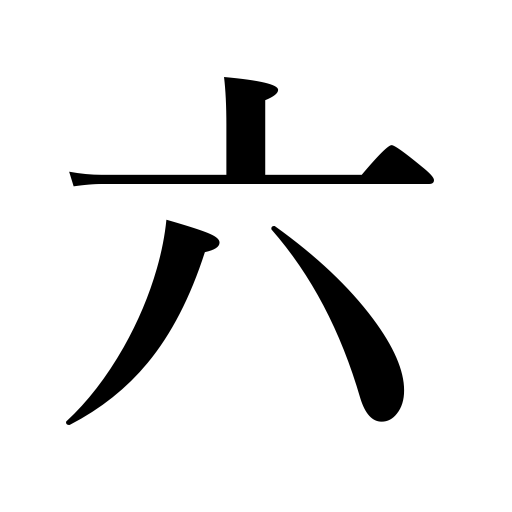
Meanings: six